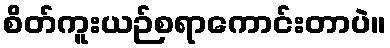
စိတ်ကူးယဉ်စရာကောင်းတာပဲ။